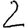
Digit: 2